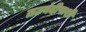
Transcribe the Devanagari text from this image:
तटबंदीपाशी